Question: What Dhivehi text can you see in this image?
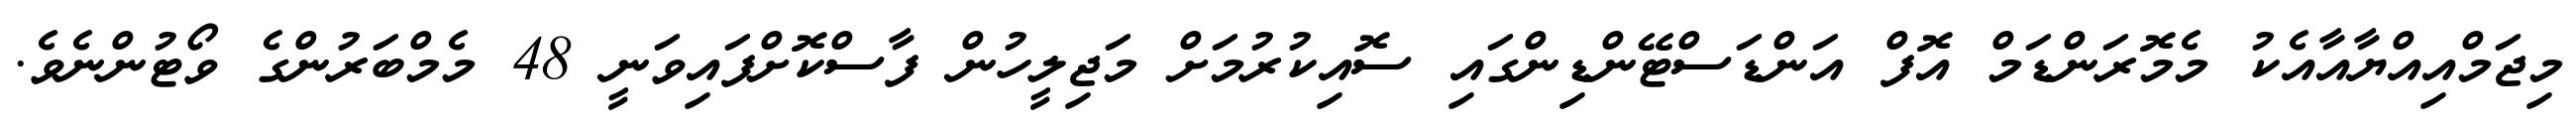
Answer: މިޖަމްއިއްޔާއާއެކު މެމޮރަންޑަމް އޮފް އަންޑަސްޓޭންޑިންގައި ސޮއިކުރުމަށް މަޖިލީހުން ފާސްކޮށްފައިވަނީ 48 މެމްބަރުންގެ ވޯޓުންނެވެ.